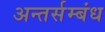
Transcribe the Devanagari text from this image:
अन्तर्सम्बंध